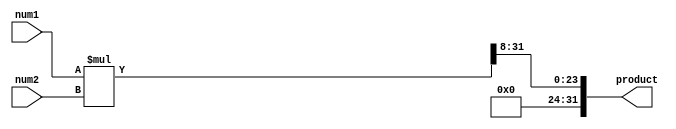
module fixed_point_multiplier (
    input [15:0] num1, // First fixed-point number
    input [15:0] num2, // Second fixed-point number
    output reg [31:0] product // Product of the two fixed-point numbers
);

reg [31:0] temp_product; // Temporary product before shifting

always @* begin
    temp_product = num1 * num2; // Calculate the product of the two input numbers
    product = temp_product >> 8; // Shift the result based on the decimal points of the inputs (assuming 8 bits for fractional part)
end

endmodule